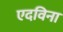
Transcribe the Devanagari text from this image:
एदविना